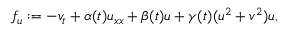
f _ { u } : = - v _ { t } + \alpha ( t ) u _ { x x } + \beta ( t ) u + \gamma ( t ) ( u ^ { 2 } + v ^ { 2 } ) u ,